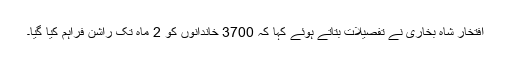
افتخار شاہ بخاری نے تفصیلات بتاتے ہوئے کہا کہ 3700 خاندانوں کو 2 ماہ تک راشن فراہم کیا گیا۔